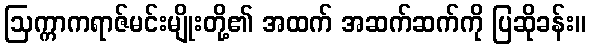
ဩက္ကာကရာဇ်မင်းမျိုးတို့၏ အထက် အဆက်ဆက်ကို ပြဆိုခန်း။